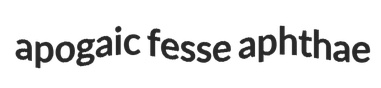
apogaic fesse aphthae